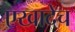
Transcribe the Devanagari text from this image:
एखादेच